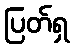
ပြတ်ရှ